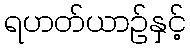
ရဟတ်ယာဉ်နှင့်